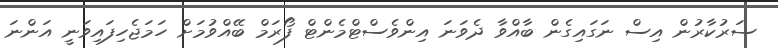
ސަރުކާރުން އިސް ނަގައިގެން ބާއްވާ ދެވަނަ އިންވެސްޓްމެންޓް ފޯރަމް ބޭއްވުމަށް ހަމަޖެހިފައިވަނީ އަންނަ